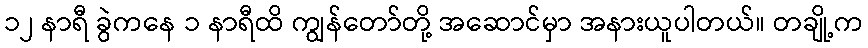
၁၂ နာရီ ခွဲကနေ ၁ နာရီထိ ကျွန်တော်တို့ အဆောင်မှာ အနားယူပါတယ်။ တချို့က